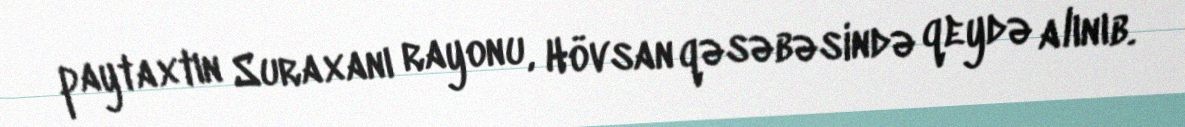
paytaxtın Suraxanı rayonu, Hövsan qəsəbəsində qeydə alınıb.